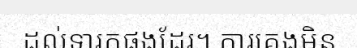
ដល់ទារកផងដែរ។ ការគេងមិន